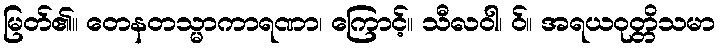
မြတ်၏။ တေနတသ္မာကာရဏာ၊ ကြောင့်။ သီလဝါ၊ ဝ်။ အရယဝုတ္တိသမာ